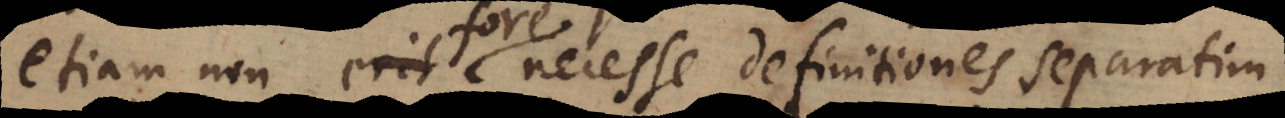
etiam non erit fore necesse definitiones separatim